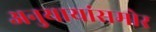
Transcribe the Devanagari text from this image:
अनुयायांसमोर